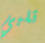
تلبي